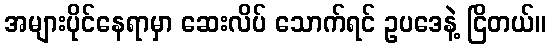
အများပိုင်နေရာမှာ ဆေးလိပ် သောက်ရင် ဥပဒေနဲ့ ငြိတယ်။